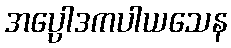
အပ္ပေါဒကပါယသေန